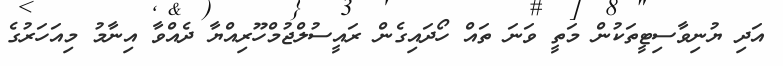
އަދި ޔުނިވާސިޓީތަކުން މަތީ ވަނަ ތައް ހޯދައިގެން ރައީސުލްޖުމްހޫރިއްޔާ ދެއްވާ އިނާމު މިއަހަރުގެ